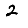
Digit: 2